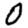
Digit: 0